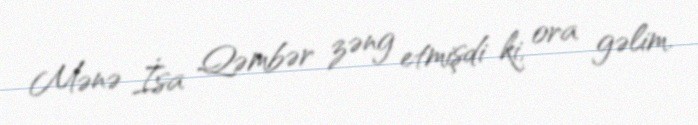
Mənə İsa Qəmbər zəng etmişdi ki, ora gəlim.